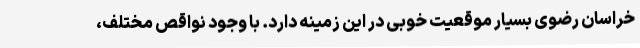
خراسان رضوی بسیار موقعیت خوبی در این زمینه دارد. با وجود نواقص مختلف،